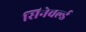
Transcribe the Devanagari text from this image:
सिनेवर्ल्ड